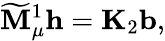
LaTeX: \widetilde{{\mathbf M}}_{\mu}^{1}\mathbf{h}=\mathbf{K}_{2}\mathbf{b},